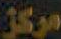
مركز